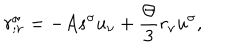
LaTeX: r _ { ; \nu } ^ { \sigma } = - A s ^ { \sigma } u _ { \nu } + \frac { \Theta } { 3 } r _ { \nu } u ^ { \sigma } ,